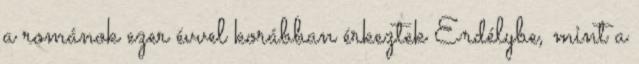
a románok ezer évvel korábban érkeztek Erdélybe, mint a